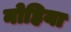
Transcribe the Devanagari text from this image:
नोहिया